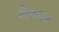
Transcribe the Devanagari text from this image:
शैफल